Civil Veterinary Department Bihar & Orissa reports 1922-29 - 1922-1929
Year: 1922
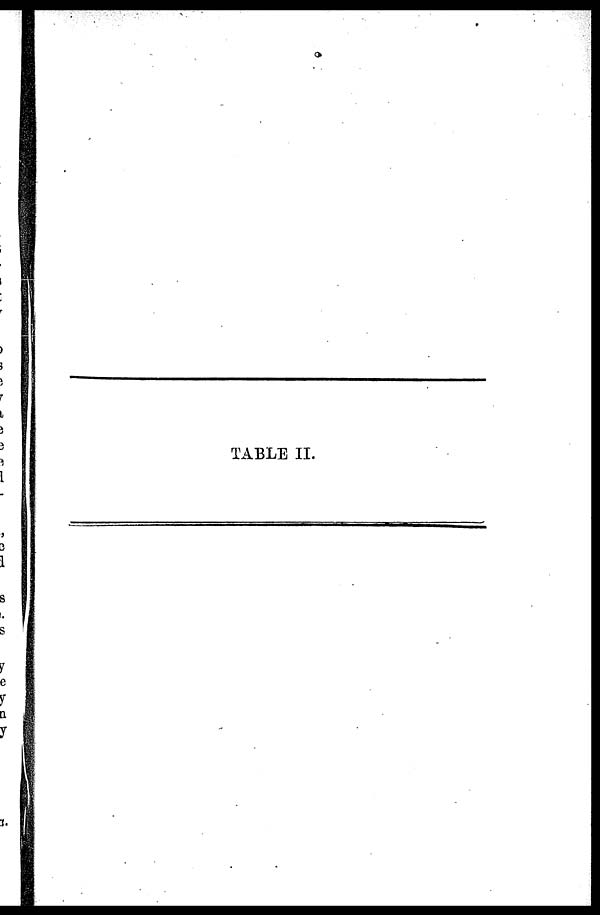
TABLE II.